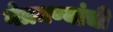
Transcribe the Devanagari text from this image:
नेत्रमण्यांची